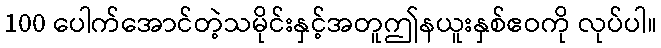
100 ပေါက်အောင်တဲ့သမိုင်းနှင့်အတူဤနယူးနှစ်ဧဝကို လုပ်ပါ။